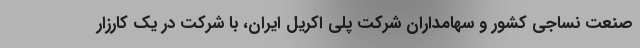
صنعت نساجی کشور و سهامداران شرکت پلی اکریل ایران، با شرکت در یک کارزار